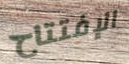
الإفتتاح